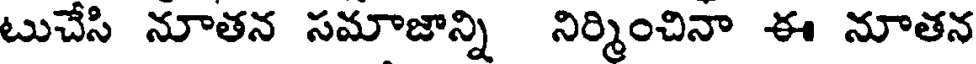
టుచేసి నూతన సమాజాన్ని నిర్మించినా ఈ నూతన